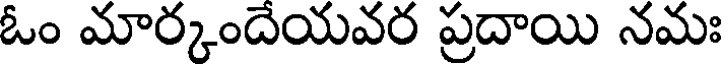
ఓం మార్కందేయవర ప్రదాయి నమః